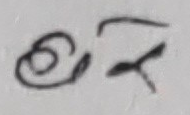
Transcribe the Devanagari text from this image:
६८